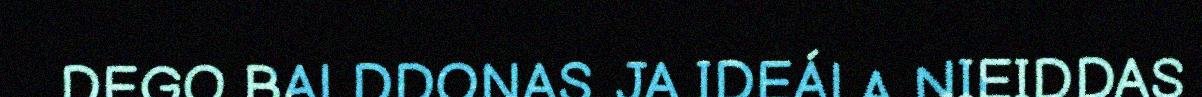
DEGO BALDDONAS. JA IDEÁLA NIEIDDAS